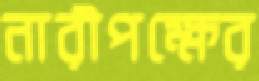
নারীপক্ষের